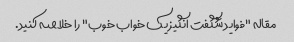
مقاله "فواید شگفت انگیز یک خواب خوب" را خلاصه کنید.